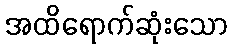
အထိရောက်ဆုံးသော